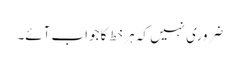
ضروری نہیں کہ ہر خط کا جواب آئے۔